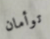
توأمان